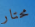
محتار